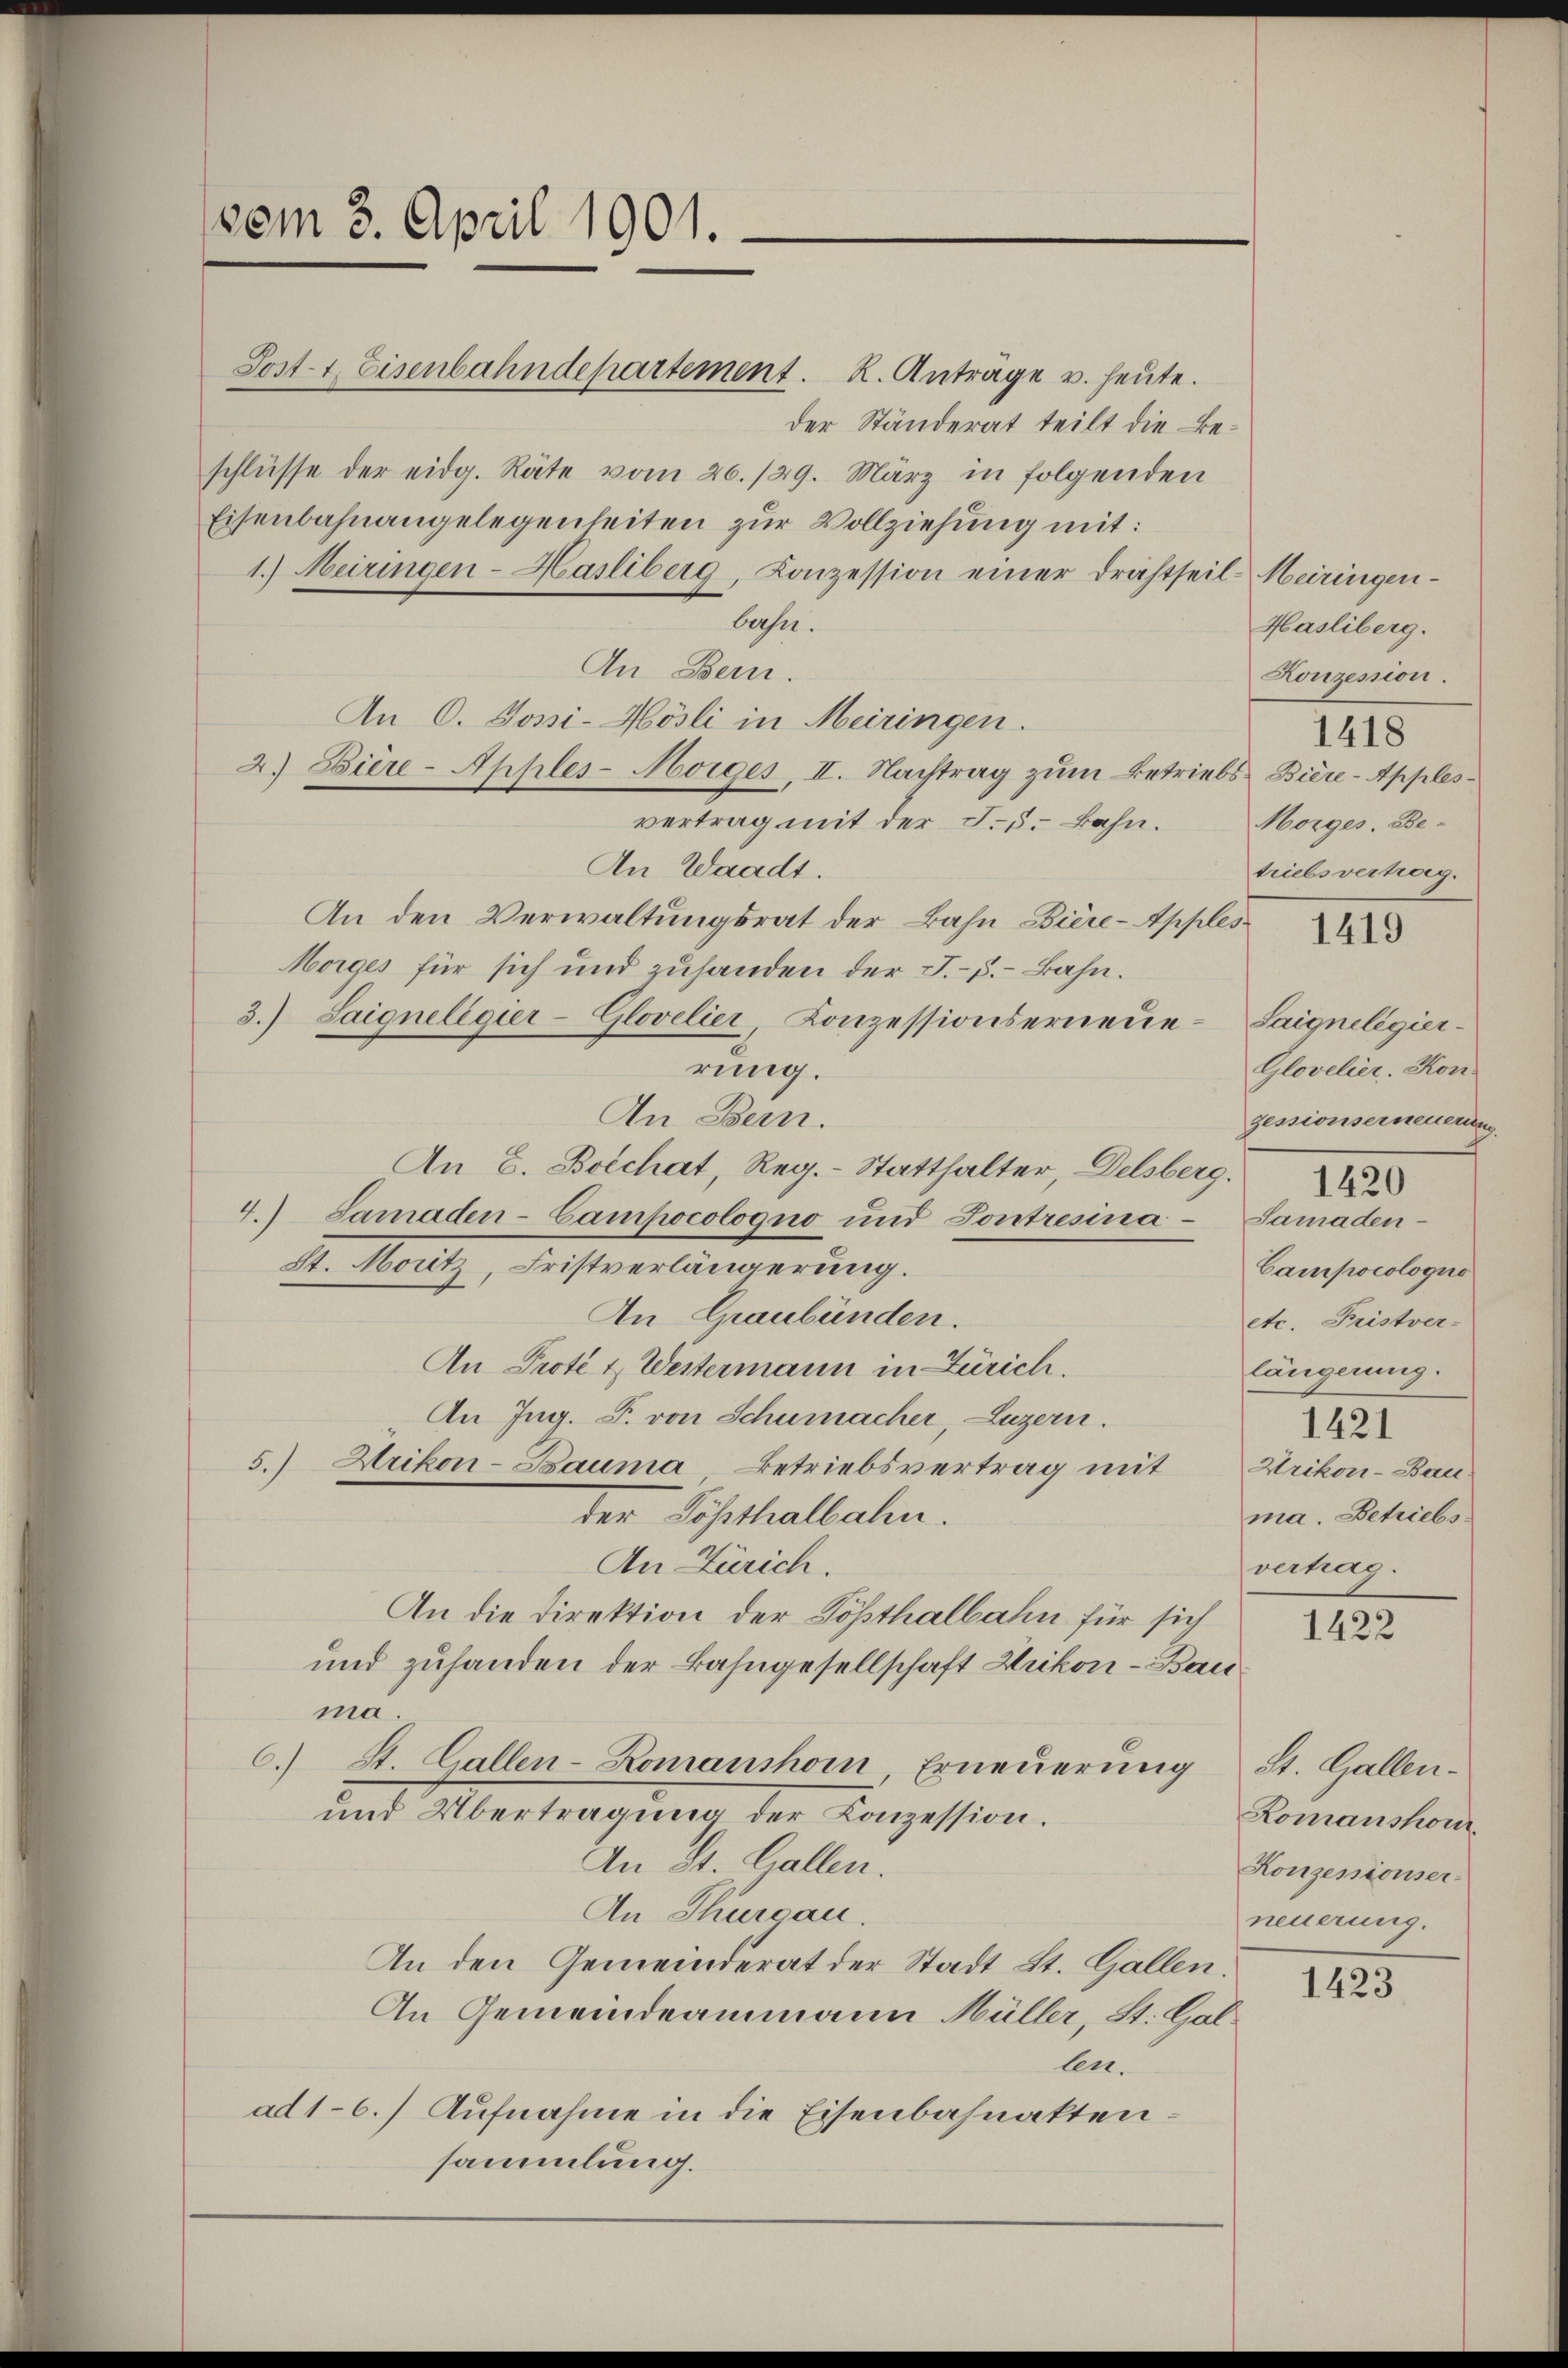
vom 3. April 1901.

Sost 4. Eisenbahndepartement. R. Antrage u. heute.
der Ständerat teilt die Beschlüsse der eidg. Räte vom 20./29. März in folgenden
Eisenbahnangelegenheiten zur Vollziehung mit:
1.) Meiringen-Hasliberg, Konzession einer Drahtseil Meiringen-
bahn.
An Bern.
An O. Jossi-Hösli in Meiringen.
2.) Diere - Apples-Morges, II. Nachtrag zum Betriebs Biere-Applesvertrag mit der J. 5. Bahn.
An Waadt.
An den Verwaltungsrat der Bahn Biere-Apples
Morges für sich und zuhanden der J.-C.-Bahn.
3.) Saigneligier-Glovelier, Konzessionserneŭe-Saigneligier-
rung.
An Bern.
An E. Boechat, Reg.- Statthalter, Delsberg.
4.) Samaden-Campocologno und Sontresina-Samaden-
St. Moritz, Fristverlängerung.
An Graubünden.
An Prote & Westermann in Zürich.
An Ing. F. von Schumacher, Luzern.
5.) Urikon-Bauma, Betriebsvertrag mit
der Tößthalbahn.
An Zürich.
An die Direktion der Tößthalbahn für sich
und zuhanden der Bahngesellschaft Wrikon - Bau
ma.
6.) St. Gallen-Romanshorn Erneŭerŭng St. Gallen-
und Übertragung der Konzession.
An St. Gallen.
An Thurgau.
An den Gemeinderat der Stadt St. Gallen.
An Gemeindeammann Müller, St. Gallen.
ad1-6.) Aufnahme in die Eisenbahnakten –
sammlung.

Hasliberg.
Konzesion.
1418
Morges. Be-
triebsverhag.

1419

1422

Glovelier. Kon
zessionserneuerung.
Campocologno
etc. Fristver-
längerung.
1421
Wrikon-Bau.
ma. Betriebs
vertrag.

1420

1423

Lomanshon
Konzessionserneuerung.